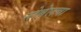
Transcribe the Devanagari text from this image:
नोबेलचा